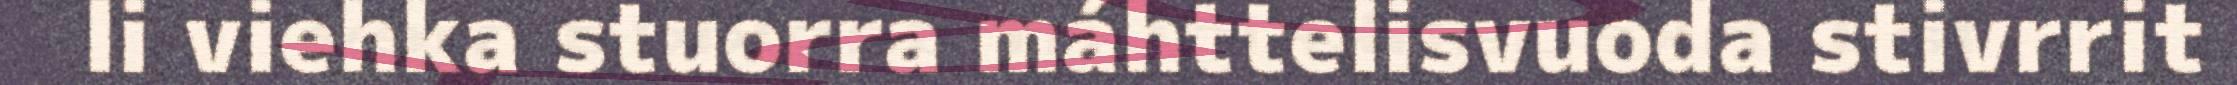
li viehka stuorra máhttelisvuoda stivrrit